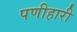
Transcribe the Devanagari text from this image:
पणीहारी